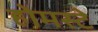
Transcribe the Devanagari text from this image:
होमस्टे